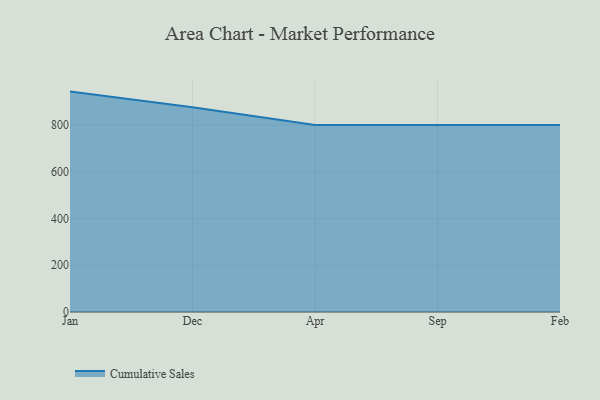
{"axis": {"x": "Month", "y": "Temperature (°C)"}, "legend": ["Cumulative Sales"], "data": [{"x": "Jan", "y": 943.3, "type": "Cumulative Sales"}, {"x": "Dec", "y": 876.6, "type": "Cumulative Sales"}, {"x": "Apr", "y": 800, "type": "Cumulative Sales"}, {"x": "Sep", "y": 800, "type": "Cumulative Sales"}, {"x": "Feb", "y": 800, "type": "Cumulative Sales"}]}